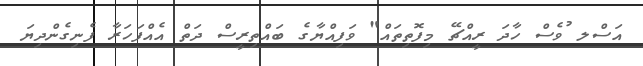
އަސްލ ުވެސް ހާދަ ރީއްޗޭ މިފޮތިތައް" ވަފިއްޔާގެ ބައްތިރީސް ދަތް އެއްފަހަރާ ފެނިގެންދިޔަ